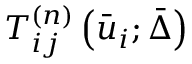
{ T _ { i j } ^ { \left( n \right) } \left( { { { \bar { u } } _ { i } } ; \bar { \Delta } } \right) }